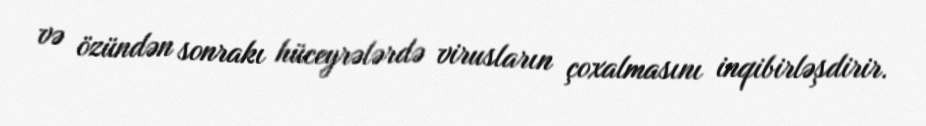
və özündən sonrakı hüceyrələrdə virusların çoxalmasını inqibirləşdirir.